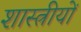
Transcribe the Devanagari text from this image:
शास्त्रीयों